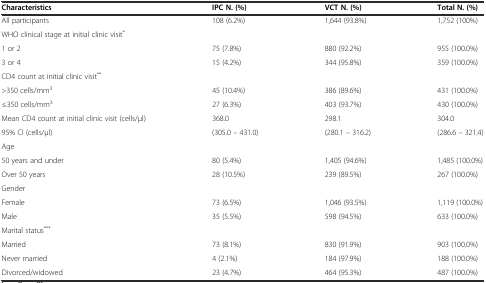
<table><thead><tr><td><b>Characteristics</b></td><td><b>IPC N. (%)</b></td><td><b>VCT N. (%)</b></td><td><b>Total N. (%)</b></td></tr></thead><tbody><tr><td>All participants</td><td>108 (6.2%)</td><td>1,644 (93.8%)</td><td>1,752 (100%)</td></tr><tr><td>WHO clinical stage at initial clinic visit<sup>*</sup></td><td></td><td></td><td></td></tr><tr><td>1 or 2</td><td>75 (7.8%)</td><td>880 (92.2%)</td><td>955 (100.0%)</td></tr><tr><td>3 or 4</td><td>15 (4.2%)</td><td>344 (95.8%)</td><td>359 (100.0%)</td></tr><tr><td>CD4 count at initial clinic visit<sup>**</sup></td><td></td><td></td><td></td></tr><tr><td>&gt;350 cells/mm<sup>3</sup></td><td>45 (10.4%)</td><td>386 (89.6%)</td><td>431 (100.0%)</td></tr><tr><td>≤350 cells/mm<sup>3</sup></td><td>27 (6.3%)</td><td>403 (93.7%)</td><td>430 (100.0%)</td></tr><tr><td>Mean CD4 count at initial clinic visit (cells/μl)</td><td>368.0</td><td>298.1</td><td>304.0</td></tr><tr><td>95% CI (cells/μl)</td><td>(305.0 – 431.0)</td><td>(280.1 – 316.2)</td><td>(286.6 – 321.4)</td></tr><tr><td>Age</td><td></td><td></td><td></td></tr><tr><td>50 years and under</td><td>80 (5.4%)</td><td>1,405 (94.6%)</td><td>1,485 (100.0%)</td></tr><tr><td>Over 50 years</td><td>28 (10.5%)</td><td>239 (89.5%)</td><td>267 (100.0%)</td></tr><tr><td>Gender</td><td></td><td></td><td></td></tr><tr><td>Female</td><td>73 (6.5%)</td><td>1,046 (93.5%)</td><td>1,119 (100.0%)</td></tr><tr><td>Male</td><td>35 (5.5%)</td><td>598 (94.5%)</td><td>633 (100.0%)</td></tr><tr><td>Marital status<sup>***</sup></td><td></td><td></td><td></td></tr><tr><td>Married</td><td>73 (8.1%)</td><td>830 (91.9%)</td><td>903 (100.0%)</td></tr><tr><td>Never married</td><td>4 (2.1%)</td><td>184 (97.9%)</td><td>188 (100.0%)</td></tr><tr><td>Divorced/widowed</td><td>23 (4.7%)</td><td>464 (95.3%)</td><td>487 (100.0%)</td></tr></tbody></table>